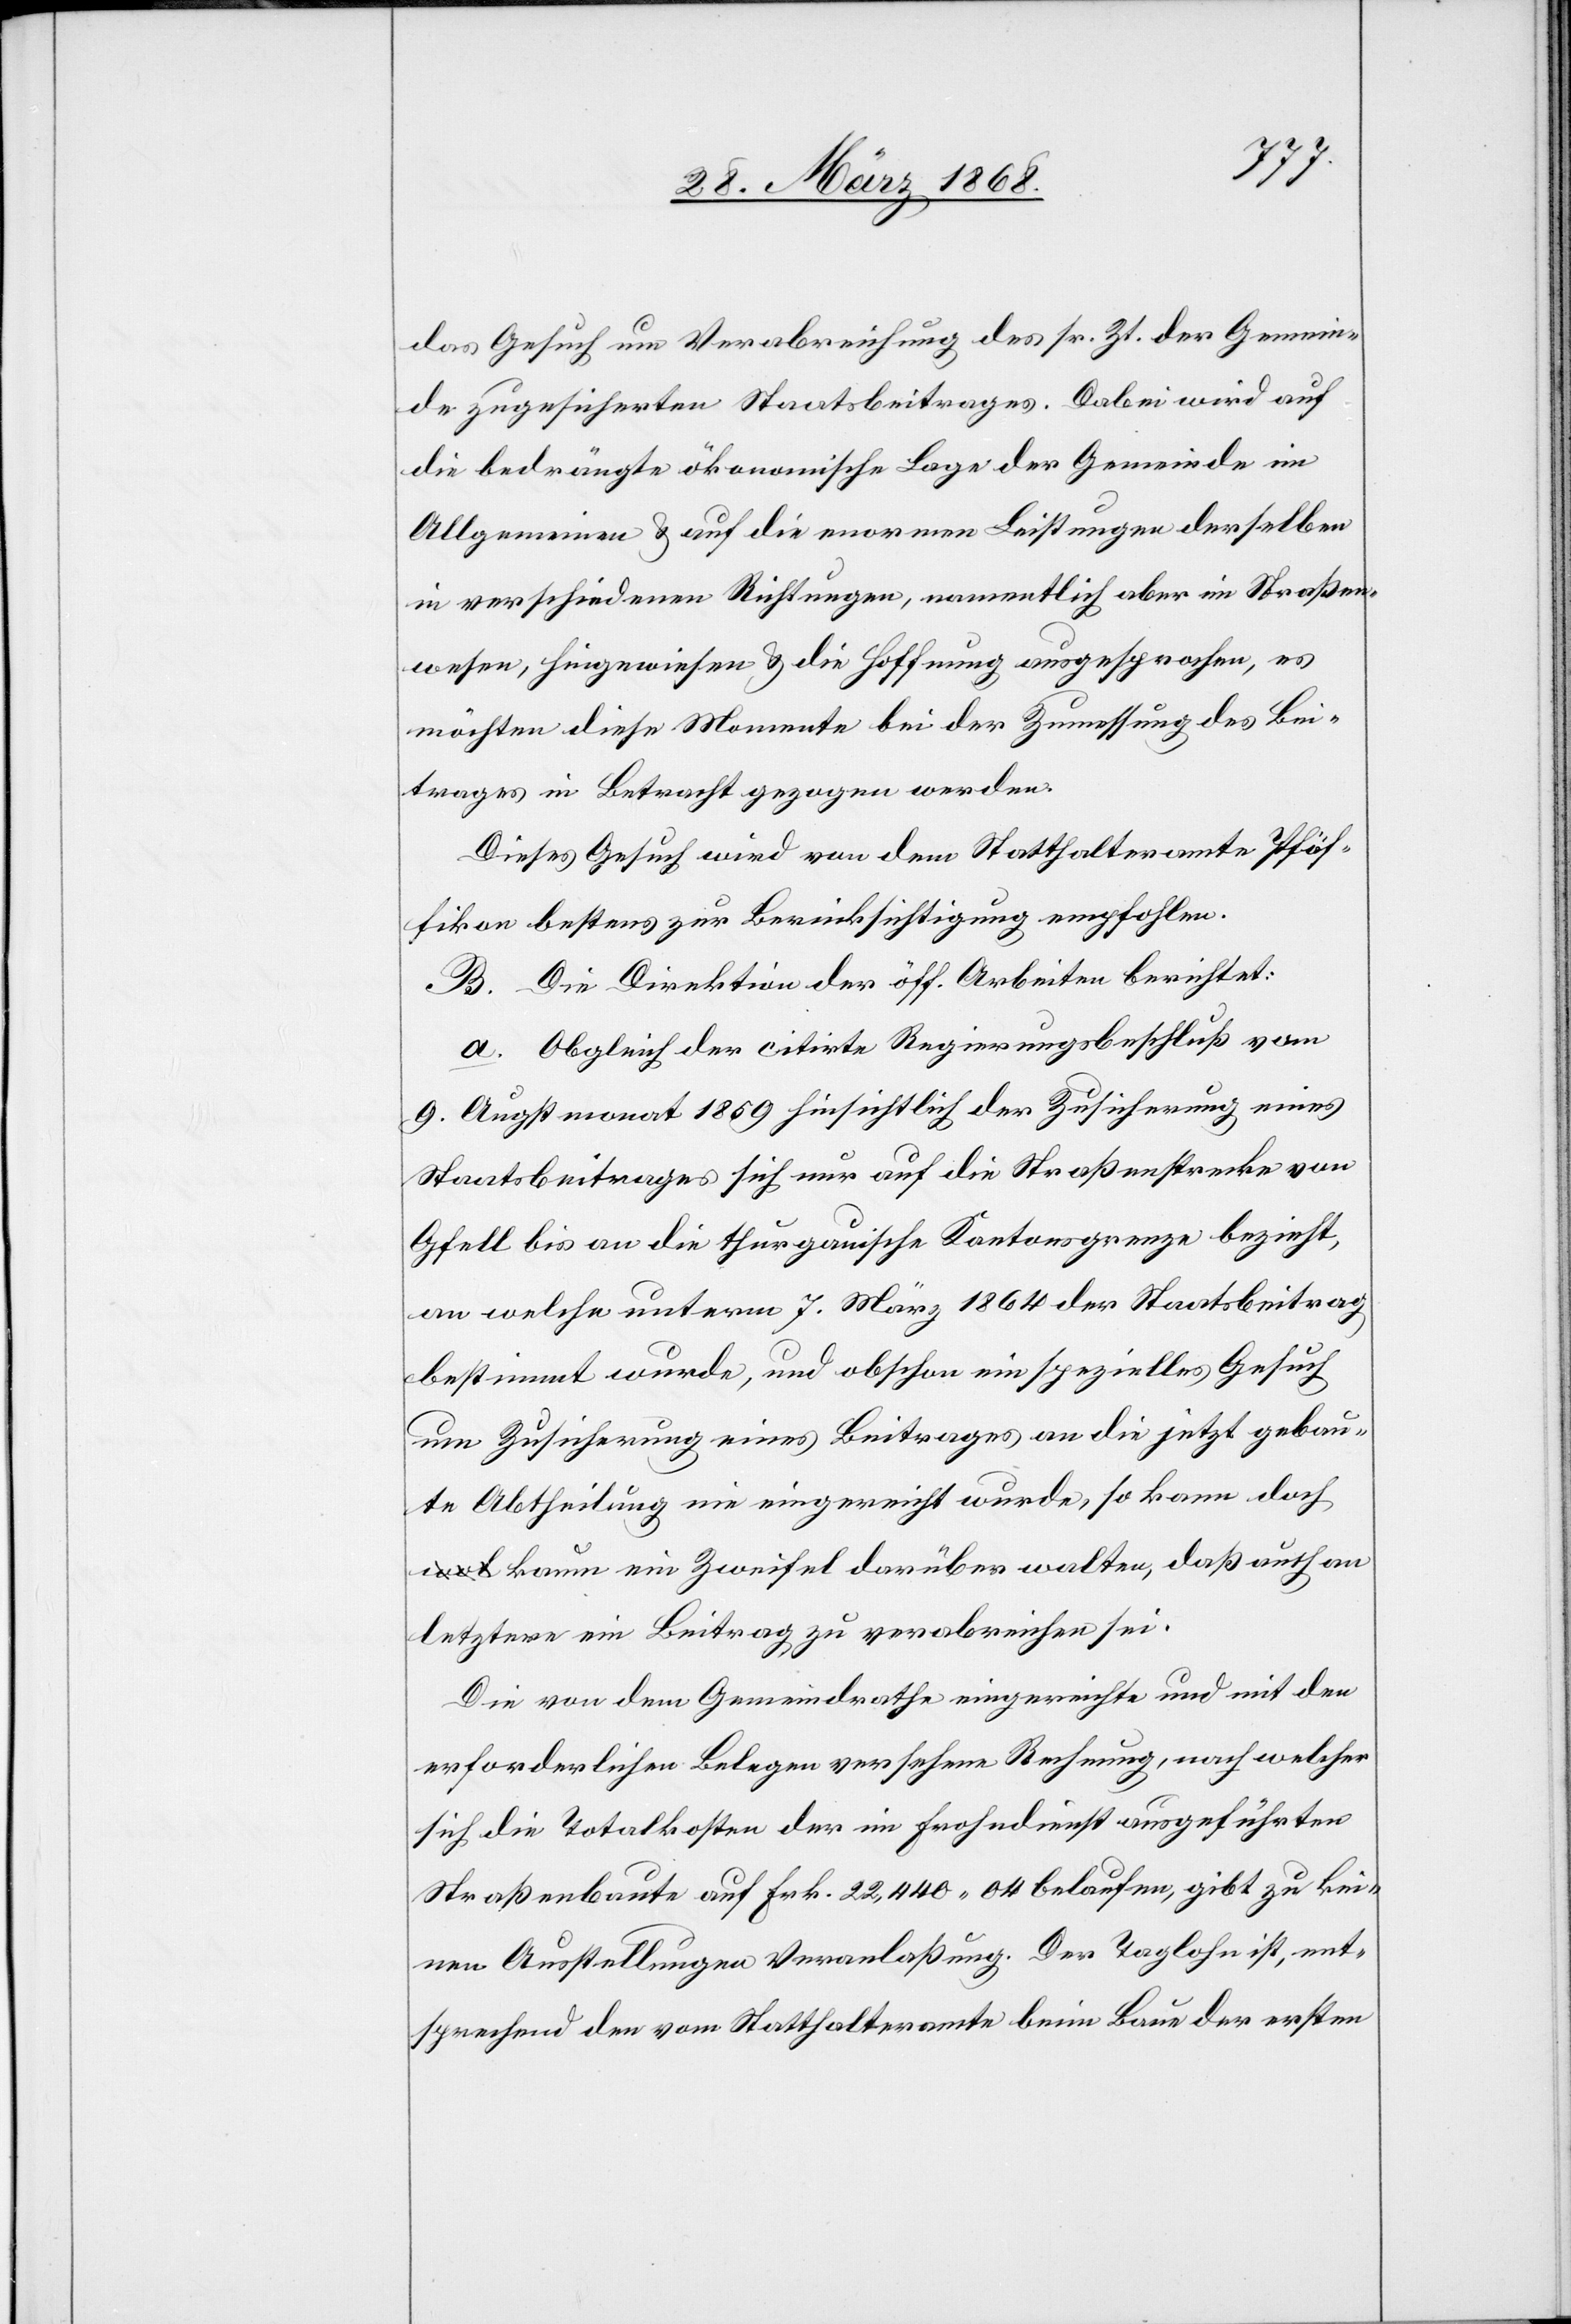
das Gesuch um Verabreichung des sr. Zt. der Gemein¬
de zugesicherten Staatsbeitrages. Dabei wird auf
die bedrängte ökonomische Lage der Gemeinde im
Allgemeinen & auf die enormen Leistungen derselben
in verschiedenen Richtungen, namentlich aber im Straßen¬
wesen, hingewiesen & die Hoffnung ausgesprochen, es
möchten diese Momente bei der Zumessung des Bei¬
trages in Betracht gezogen werden.
Dieses Gesuch wird von dem Statthalteramte Pfäf¬
fikon bestens zur Berücksichtigung empfohlen.
B. Die Direktion der öff. Arbeiten berichtet:
a. Obgleich der citirte Regierungsbeschluß vom
9. Augstmonat 1859 hinsichtlich der Zusicherung eines
Staatsbeitrages sich nur auf die Straßenstrecke von
Gfell bis an die thurgauische Kantonsgrenze bezieht,
an welche unterm 7. März 1864 der Staatsbeitrag
bestimmt wurde, und obschon ein spezielles Gesuch
um Zusicherung eines Beitrages an die jetzt gebau¬
te Abtheilung nie eingereicht wurde, so kann doch
a-wol-a kaum ein Zweifel darüber walten, daß auch an
letztere ein Beitrag zu verabreichen sei.
Die von dem Gemeindrathe eingereichte und mit den
erforderlichen Belegen versehene Rechnung, nach welcher
sich die Totalkosten der im Frohndienst ausgeführten
Straßenbaute auf Frk. 22,440. 04 belaufen, gibt zu kei¬
nen Ausstellungen Veranlaßung. Der Taglohn ist, ent¬
sprechend den vom Statthalteramte beim Baue der ersten